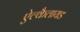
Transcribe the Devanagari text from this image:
ऐल्कैलायड